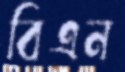
বিএন